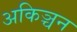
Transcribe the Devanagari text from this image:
अकिञ्चन